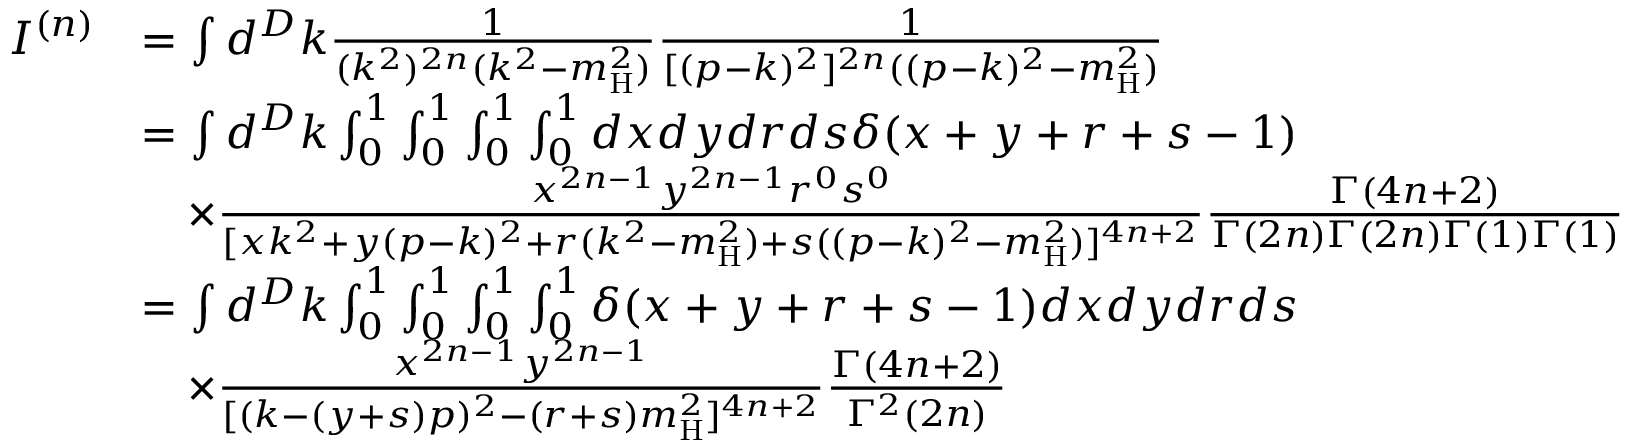
\begin{array} { r l } { I ^ { ( n ) } } & { = \int d ^ { D } k \frac { 1 } { ( k ^ { 2 } ) ^ { 2 n } ( k ^ { 2 } - m _ { \mathrm { H } } ^ { 2 } ) } \frac { 1 } { [ ( p - k ) ^ { 2 } ] ^ { 2 n } ( ( p - k ) ^ { 2 } - m _ { \mathrm { H } } ^ { 2 } ) } } \\ & { = \int d ^ { D } k \int _ { 0 } ^ { 1 } \int _ { 0 } ^ { 1 } \int _ { 0 } ^ { 1 } \int _ { 0 } ^ { 1 } d x d y d r d s \delta ( x + y + r + s - 1 ) } \\ & { \quad \times \frac { x ^ { 2 n - 1 } y ^ { 2 n - 1 } r ^ { 0 } s ^ { 0 } } { [ x k ^ { 2 } + y ( p - k ) ^ { 2 } + r ( k ^ { 2 } - m _ { \mathrm { H } } ^ { 2 } ) + s ( ( p - k ) ^ { 2 } - m _ { \mathrm { H } } ^ { 2 } ) ] ^ { 4 n + 2 } } \frac { \Gamma ( 4 n + 2 ) } { \Gamma ( 2 n ) \Gamma ( 2 n ) \Gamma ( 1 ) \Gamma ( 1 ) } } \\ & { = \int d ^ { D } k \int _ { 0 } ^ { 1 } \int _ { 0 } ^ { 1 } \int _ { 0 } ^ { 1 } \int _ { 0 } ^ { 1 } \delta ( x + y + r + s - 1 ) d x d y d r d s } \\ & { \quad \times \frac { x ^ { 2 n - 1 } y ^ { 2 n - 1 } } { [ ( k - ( y + s ) p ) ^ { 2 } - ( r + s ) m _ { \mathrm { H } } ^ { 2 } ] ^ { 4 n + 2 } } \frac { \Gamma ( 4 n + 2 ) } { \Gamma ^ { 2 } ( 2 n ) } } \end{array}